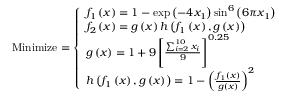
{ \mathrm { M i n i m i z e } } = { \left\{ \begin{array} { l l } { f _ { 1 } \left( { \boldsymbol { x } } \right) = 1 - \exp \left( - 4 x _ { 1 } \right) \sin ^ { 6 } \left( 6 \pi x _ { 1 } \right) } \\ { f _ { 2 } \left( { \boldsymbol { x } } \right) = g \left( { \boldsymbol { x } } \right) h \left( f _ { 1 } \left( { \boldsymbol { x } } \right) , g \left( { \boldsymbol { x } } \right) \right) } \\ { g \left( { \boldsymbol { x } } \right) = 1 + 9 \left[ { \frac { \sum _ { i = 2 } ^ { 1 0 } x _ { i } } { 9 } } \right] ^ { 0 . 2 5 } } \\ { h \left( f _ { 1 } \left( { \boldsymbol { x } } \right) , g \left( { \boldsymbol { x } } \right) \right) = 1 - \left( { \frac { f _ { 1 } \left( { \boldsymbol { x } } \right) } { g \left( { \boldsymbol { x } } \right) } } \right) ^ { 2 } } \end{array} \right. }